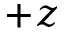
+ z